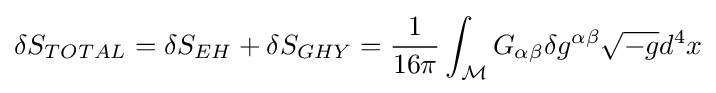
\delta S_{TOTAL}=\delta S_{EH}+\delta S_{GHY}={\frac {1}{16\pi }}\int _{\mathcal {M}}G_{\alpha \beta }\delta g^{\alpha \beta }{\sqrt {-g}}d^{4}x